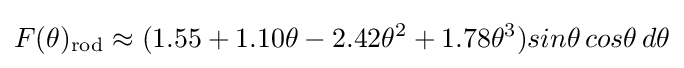
F(\theta )_{\rm {rod}}\approx (1.55+1.10\theta -2.42\theta ^{2}+1.78\theta ^{3})sin\theta \,cos\theta \,d\theta